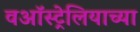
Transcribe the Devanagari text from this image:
वऑस्ट्रेलियाच्या